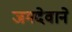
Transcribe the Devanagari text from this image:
जगदेवाने